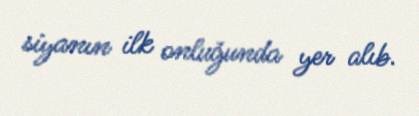
siyanın ilk onluğunda yer alıb.